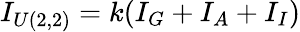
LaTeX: I_{U(2,2)}=k(I_{G}+I_{A}+I_{I})